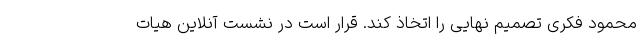
محمود فکری تصمیم نهایی را اتخاذ کند. قرار است در نشست آنلاین هیات